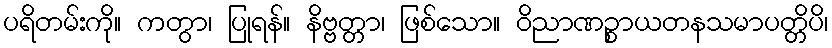
ပရိတမ်းကို။ ကတွာ၊ ပြုရန်။ နိဗ္ဗတ္တာ၊ ဖြစ်သော။ ဝိညာဏဉ္စာယတနသမာပတ္တိပိ၊